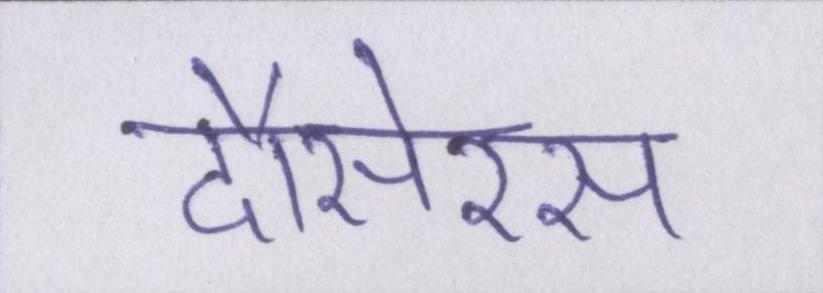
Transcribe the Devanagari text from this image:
दौसेरस